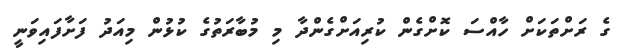
ގެ ރަށްތަކަށް ހާއްސަ ކޮށްގެން ކުރިއަށްގެންދާ މި މުބާރަތުގެ ކުޅުން މިއަދު ފަށާފައިވަނީ